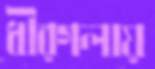
ধীরগলায়